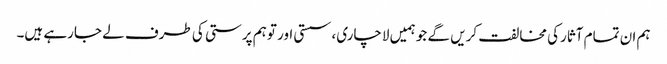
ہم ان تمام آثارکی مخالفت کریں گے جو ہمیں لاچاری، سستی اور توہم پرستی کی طرف لے جارہے ہیں۔